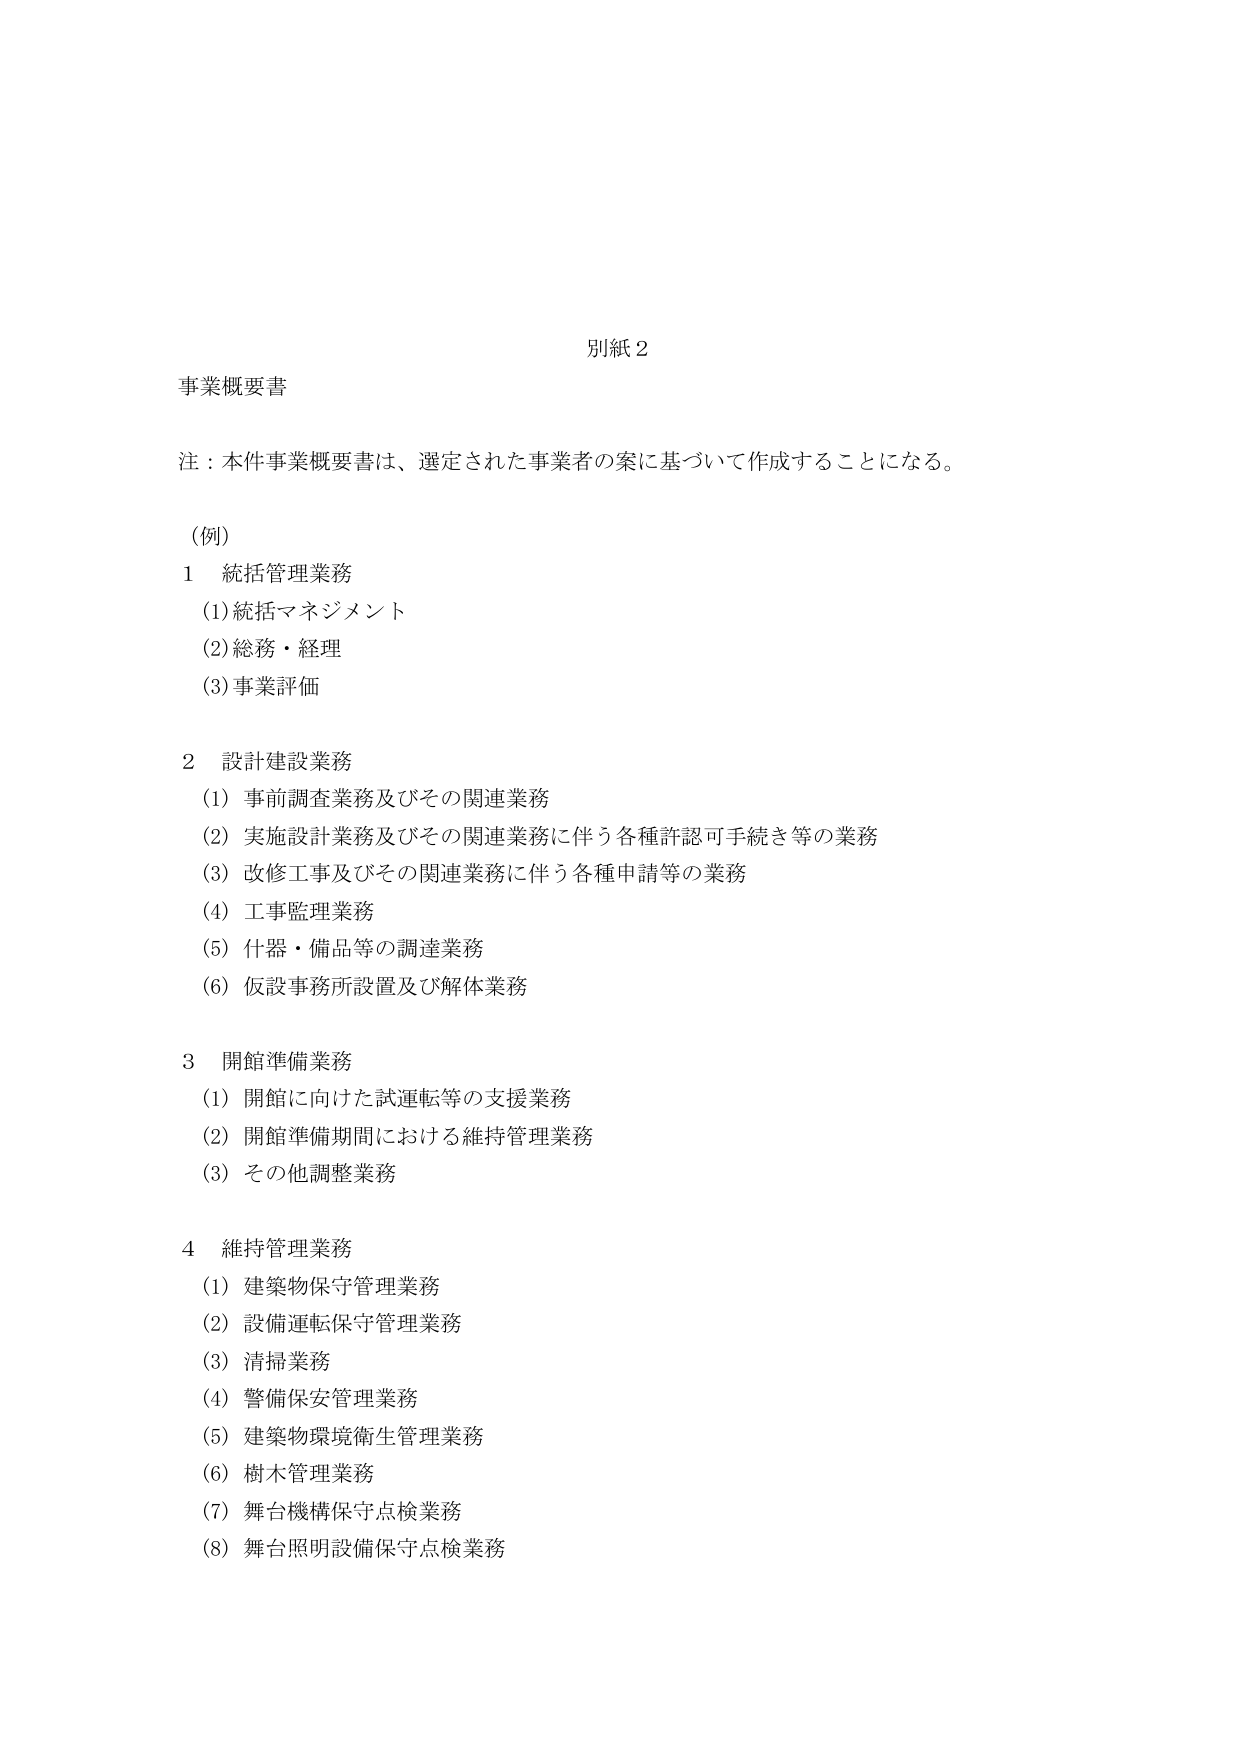
別紙２

事業概要書

注：本件事業概要書は、選定された事業者の案に基づいて作成することになる。

（例）

１ 統括管理業務
（1）統括マネジメント
（2）総務・経理
（3）事業評価

２ 設計建設業務
（1）事前調査業務及びその関連業務
（2）実施設計業務及びその関連業務に伴う各種許認可手続き等の業務
（3）改修工事及びその関連業務に伴う各種申請等の業務
（4）工事監理業務
（5）什器・備品等の調達業務
（6）仮設事務所設置及び解体業務

３ 開館準備業務
（1）開館に向けた試運転等の支援業務
（2）開館準備期間における維持管理業務
（3）その他調整業務

４ 維持管理業務
（1）建築物保守管理業務
（2）設備運転保守管理業務
（3）清掃業務
（4）警備保安管理業務
（5）建築物環境衛生管理業務
（6）樹木管理業務
（7）舞台機構保守点検業務
（8）舞台照明設備保守点検業務